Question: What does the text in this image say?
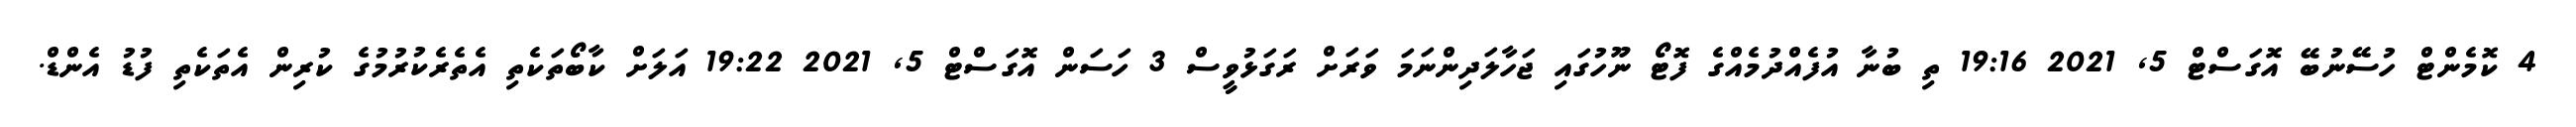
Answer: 4 ކޮމެންޓް ހުސޭނުބޭ އޮގަސްޓް 5, 2021 19:16 ތި ބުނާ އުފެއްދުމެއްގެ ފޮޓޯ ނޫހުގައި ޖަހާލަދިންނަމަ ވަރަށް ރަގަޅުވީސް 3 ހަސަން އޮގަސްޓް 5, 2021 19:22 އަލަށް ކާބޯތަކެތި އެތެރެކުރުމުގެ ކުރިން އެތަކެތި ފުޑު އެންޑް.